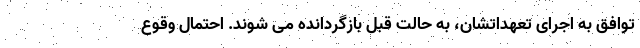
توافق به اجرای تعهداتشان، به حالت قبل بازگردانده می شوند. احتمال وقوع